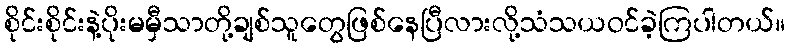
စိုင်းစိုင်းနဲ့ပိုးမမှီသာတို့ချစ်သူတွေဖြစ်နေပြီလားလို့သံသယဝင်ခဲ့ကြပါတယ်။